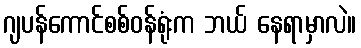
ဂျပန်ကောင်စစ်ဝန်ရုံးက ဘယ် နေရာမှာလဲ။